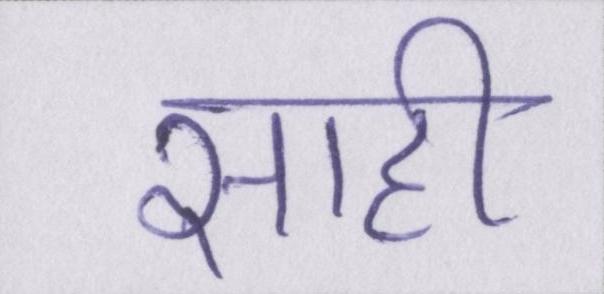
साही